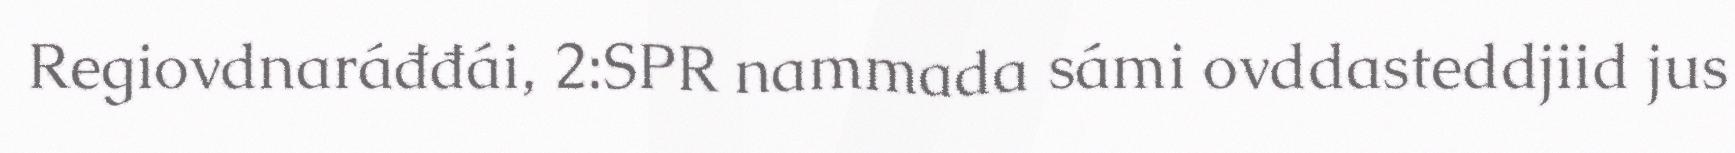
Regiovdnaráđđái, 2:SPR nammada sámi ovddasteddjiid jus